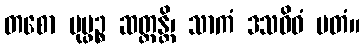
တစော ပုပ္ဖဉ္စ ဆတ္တန္တိ၊ သာကံ ဒသဝိဓံ မတံ။